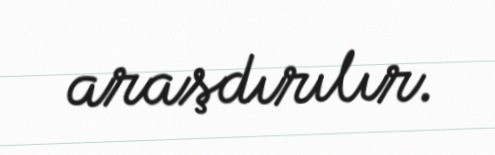
araşdırılır.